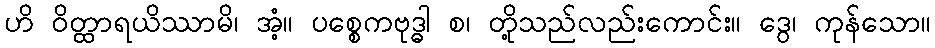
ဟိ ဝိတ္ထာရယိဿာမိ၊ အံ့။ ပစ္စေကဗုဒ္ဓါ စ၊ တို့သည်လည်းကောင်း။ ဒွေ၊ ကုန်သော။